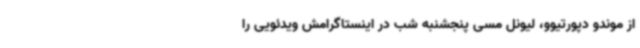
از موندو دپورتیوو، لیونل مسی پنجشنبه شب در اینستاگرامش ویدئویی را